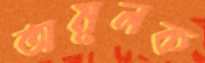
অমূলক